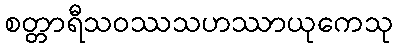
စတ္တာရီသဝဿသဟဿာယုကေသု